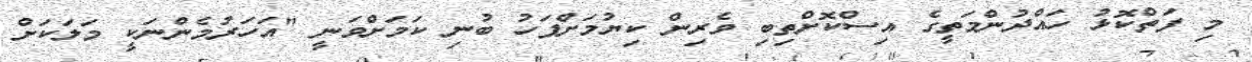
މި ފަތްކޮޅު ހައްދުންމަތީގެ އިސްކޮށްތިބި ވެރިން ކިޔުމަށްފަހު ބުނި ކަމަށްވަނީ "އަހަރުމެންނަކީ މަލަކަށް